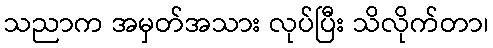
သညာက အမှတ်အသား လုပ်ပြီး သိလိုက်တာ၊